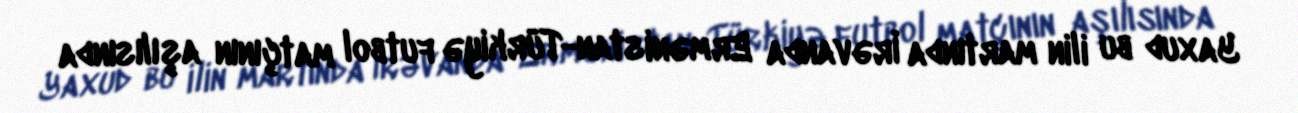
Yaxud bu ilin martında İrəvanda Ermənistan-Türkiyə futbol matçının aşılısında